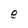
Character: e